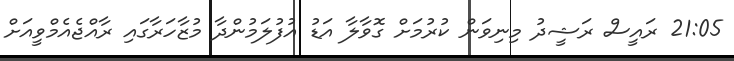
21:05 ރައީސް ރަޝީދު މިނިވަން ކުރުމަށް ގޮވާލާ އަޑު އުފުލަމުންދާ މުޒާހަރާގައި ރާއްޖެއެމްވީއަށް